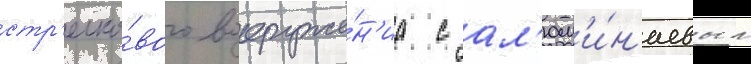
стр'елко́вого вооруже́н'иа с ал'юм'и́н'иевым